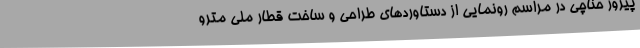
پیروز حناچی در مراسم رونمایی از دستاوردهای طراحی و ساخت قطار ملی مترو